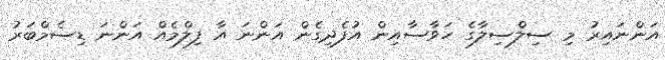
އަންނައިރު މި ސިލްސިލާގެ ހަވާސާއިން އުފެދިގެން އަންނަ އާ ފިލްމެއް އަންނަ ޑިސެމްބަރު